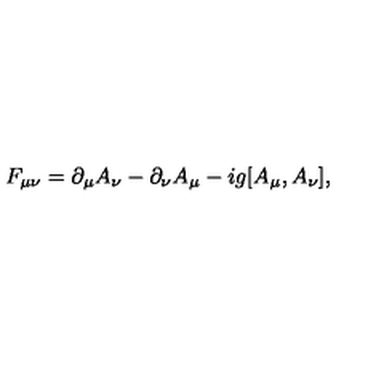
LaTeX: F _ { \mu \nu } = \partial _ { \mu } A _ { \nu } - \partial _ { \nu } A _ { \mu } - i g [ A _ { \mu } , A _ { \nu } ] ,